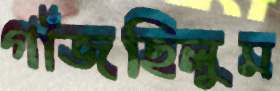
গাঁজছিলুম